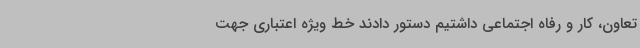
تعاون، کار و رفاه اجتماعی داشتیم دستور دادند خط ویژه اعتباری جهت